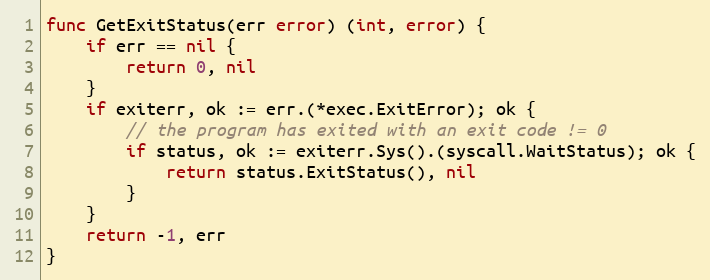
Language: Go
func GetExitStatus(err error) (int, error) {
	if err == nil {
		return 0, nil
	}
	if exiterr, ok := err.(*exec.ExitError); ok {
		// the program has exited with an exit code != 0
		if status, ok := exiterr.Sys().(syscall.WaitStatus); ok {
			return status.ExitStatus(), nil
		}
	}
	return -1, err
}